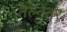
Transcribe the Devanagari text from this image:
तेल्नेतर